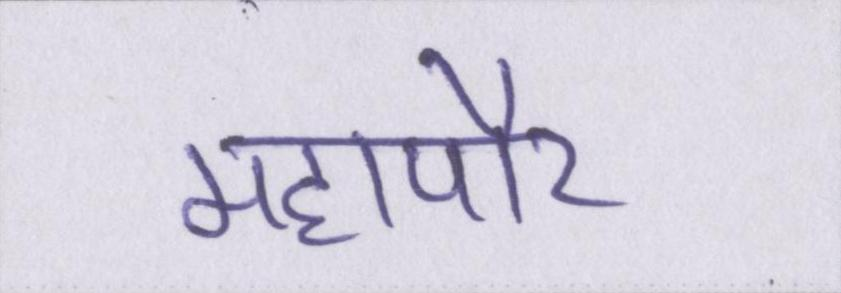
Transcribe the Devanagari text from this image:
महापौर